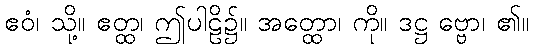
ဧဝံ၊ သို့။ ဧတ္ထ၊ ဤပါဠိ၌။ အတ္ထော၊ ကို။ ဒဋ္ဌ ဗ္ဗော၊ ၏။